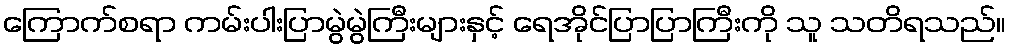
ကြောက်စရာ ကမ်းပါးပြာမွဲမွဲကြီးများနှင့် ရေအိုင်ပြာပြာကြီးကို သူ သတိရသည်။